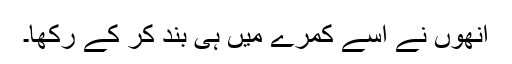
اُنھوں نے اُسے کمرے میں ہی بند کر کے رکھا۔